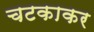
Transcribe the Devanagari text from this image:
चटकाकर